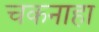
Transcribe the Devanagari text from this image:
चकनाहा